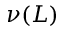
\nu ( L )